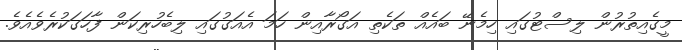
މީގެއިތުރުން ލިސްޓުގައި ހިމެނޭ ބައެއް ތަކެތި އަގޯރާއިން ހަމަ އެއަގުގައި ލިބެހުރިކަން ފާހަގަކުރެވެއެވެ.